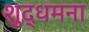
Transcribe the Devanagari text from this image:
शुद्धमना